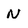
Character: N